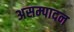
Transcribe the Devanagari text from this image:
असम्पादन